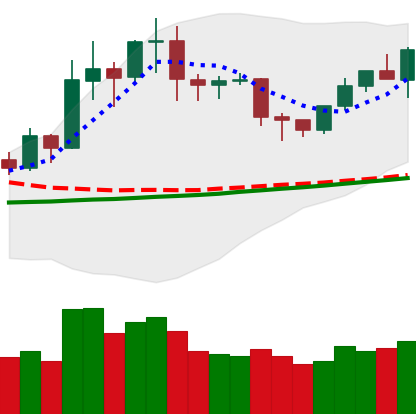
Ticker: NEO-USD
Chart end date: 2020-01-30
Forward return: 3.671%
Label: up_3_5